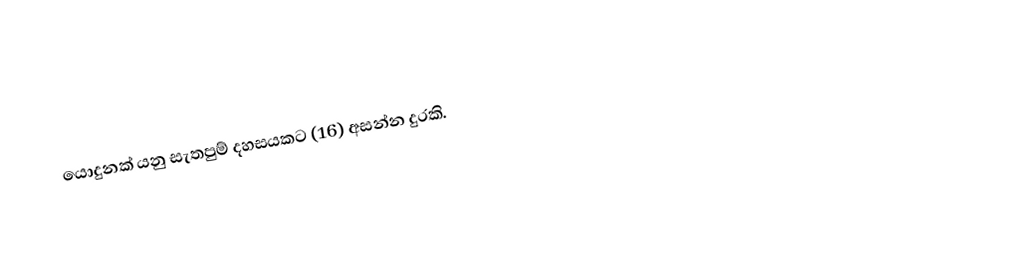
යොදුනක් යනු සැතපුම් දහසයකට (16) අසන්න දුරකි.